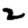
Digit: 2